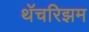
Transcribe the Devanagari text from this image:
थॅचरिझम